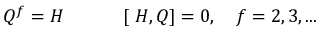
Q ^ { f } = H \: \: \: \: \: \: \, \: \: \: \: \: \: \ [ \ H , Q ] = 0 , \: \: \: \ f = 2 , 3 , . . .